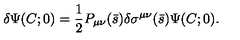
\delta \Psi ( C ; 0 ) = { \frac { 1 } { 2 } } P _ { \mu \nu } ( \bar { s } ) \delta \sigma ^ { \mu \nu } ( \bar { s } ) \Psi ( C ; 0 ) .